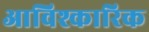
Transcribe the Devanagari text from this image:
आविश्कारिक